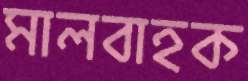
মালবাহক